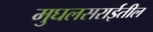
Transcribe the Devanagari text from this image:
मुघलसराईतील